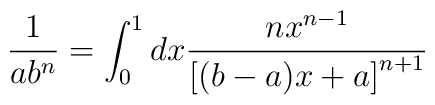
\frac 1{ab^n}=\int_0^1dx\frac{nx^{n-1}}{\left[ (b-a)x+a\right] ^{n+1}}